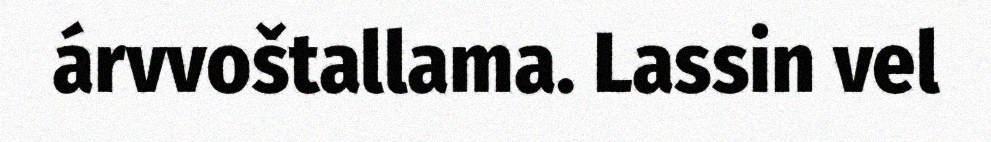
árvvoštallama. Lassin vel